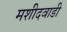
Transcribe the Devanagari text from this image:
मशीदवाडी